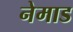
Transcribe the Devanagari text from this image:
नेमाड